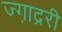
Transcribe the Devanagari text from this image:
ज्गा़द्ररी